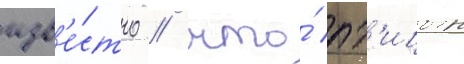
изв'е́стно / что́ пт'ицын